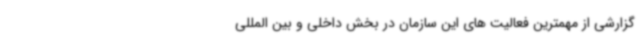
گزارشی از مهمترین فعالیت های این سازمان در بخش داخلی و بین المللی